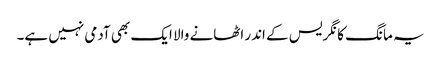
یہ مانگ کانگریس کے اندر اٹھانے والا ایک بھی آدمی نہیں ہے۔